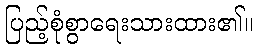
ပြည့်စုံစွာရေးသားထား၏။